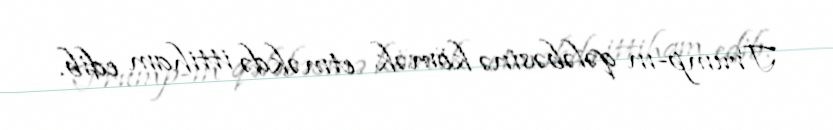
Trump-ın qələbəsinə kömək etməkdə ittiham edib.